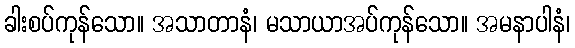
ခါးစပ်ကုန်သော။ အသာတာနံ၊ မသာယာအပ်ကုန်သော။ အမနာပါနံ၊